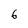
Character: 6